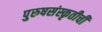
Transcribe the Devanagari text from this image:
पुरुषसंस्कृतीची